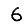
Digit: 6